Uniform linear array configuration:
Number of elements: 24
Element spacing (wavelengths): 0.75
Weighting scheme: binomial
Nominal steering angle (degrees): -15
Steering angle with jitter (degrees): -13.361
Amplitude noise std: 0.05
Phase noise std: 0.05

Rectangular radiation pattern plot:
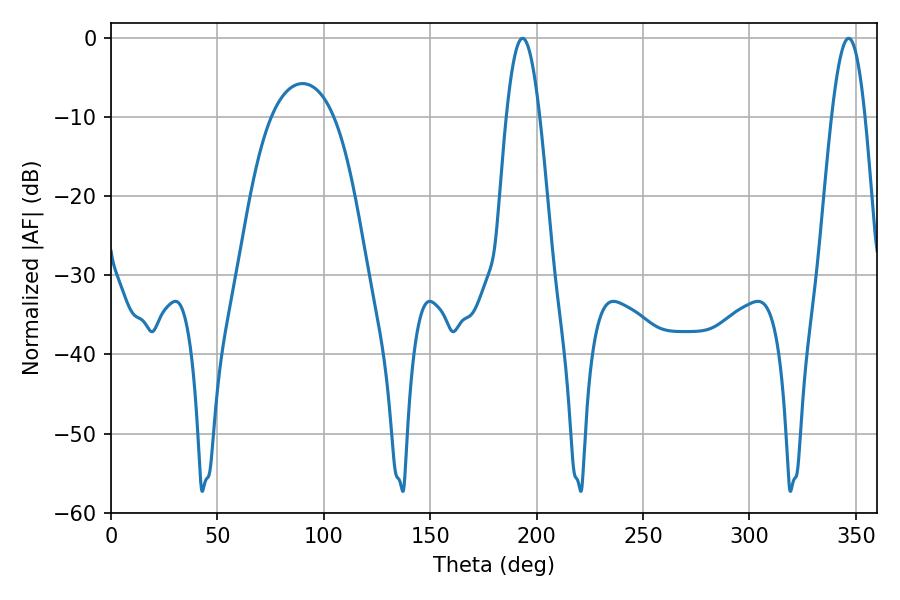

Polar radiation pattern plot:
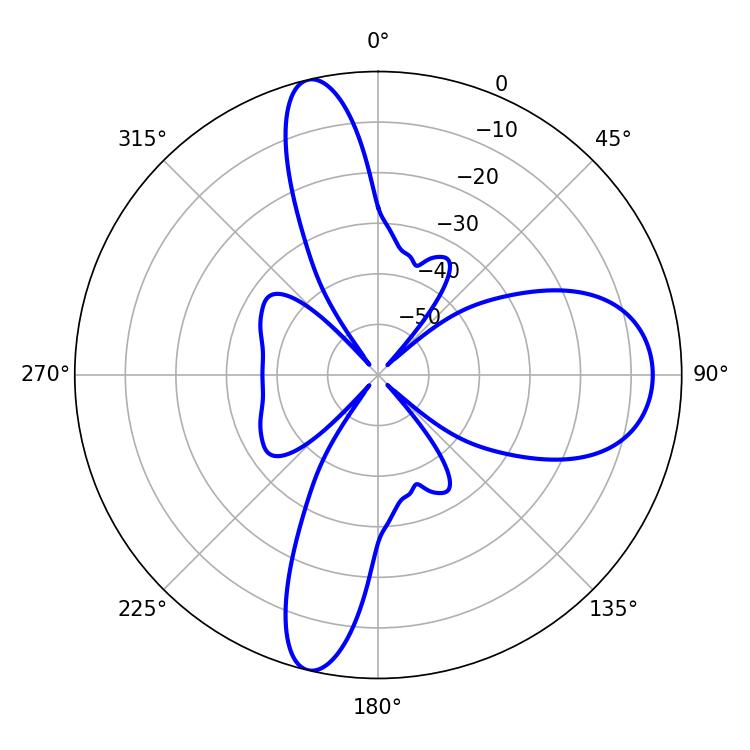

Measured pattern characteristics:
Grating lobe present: TRUE
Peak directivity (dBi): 16.571
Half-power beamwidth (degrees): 8.46
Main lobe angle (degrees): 193.32